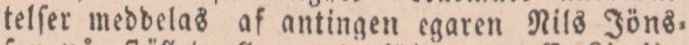
telſer meddelas af antingen egaren Nils Jöns=